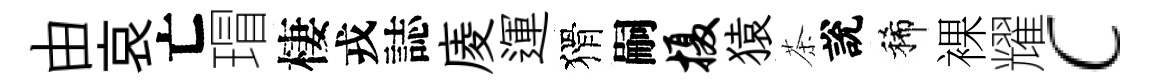
由哀亡瑁棲戎誌庱運猾嗣摄猿茶說稀裸耀c